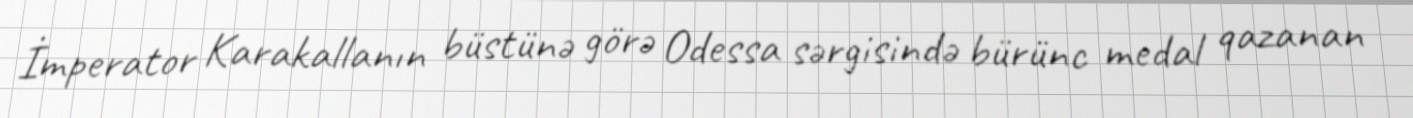
İmperator Karakallanın büstünə görə Odessa sərgisində bürünc medal qazanan